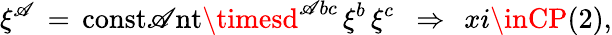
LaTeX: \xi^{\mathscr{A}}\, =\, \mathrm{{const\mathscr{A}nt}}\timesd^{\mathscr{A}bc}\, \xi^{b}\, \xi^{c}\ \ \Rightarrow\ \, xi\inCP(2),